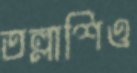
তল্লাশিও